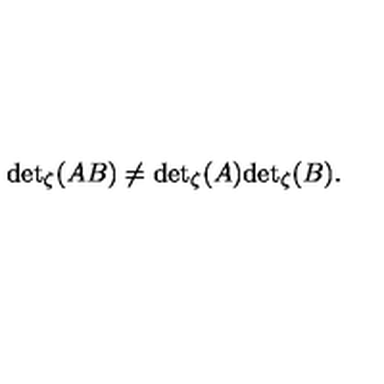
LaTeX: { \det } _ { \zeta } ( A B ) \neq { \det } _ { \zeta } ( A ) { \det } _ { \zeta } ( B ) .